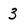
Character: 3